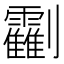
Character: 𠠰